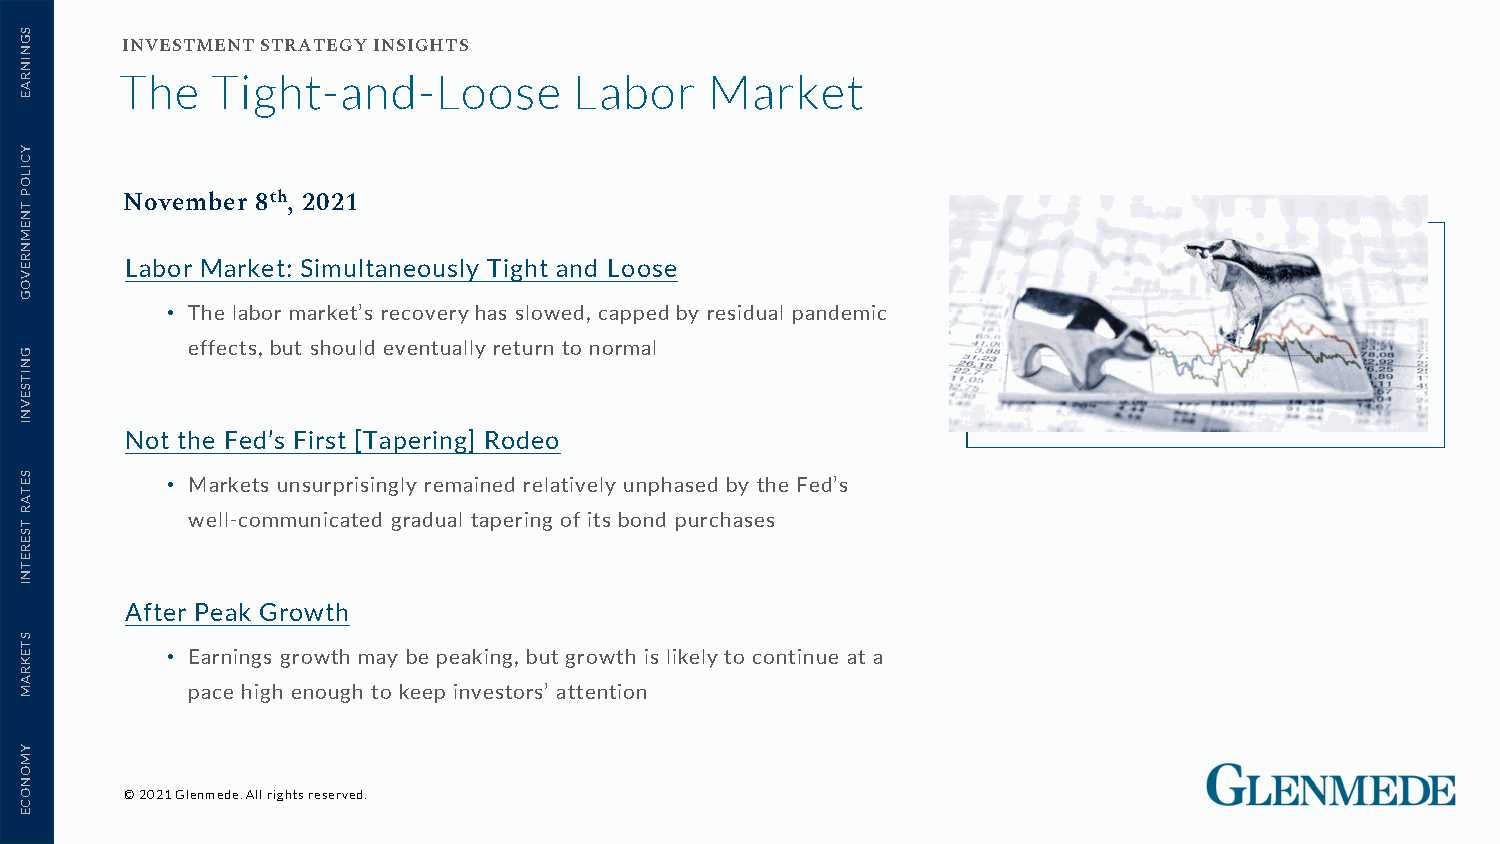
INVESTMENT STRATEGY INSIGHTS
 The   Tight-and-Loose         Labor    Market
 November 8th, 2021
 Labor Market: Simultaneously Tight and Loose
 • The labor market’s recovery has slowed, capped by residual pandemic
 effects, but should eventually return to normal
 Not the Fed’s First [Tapering] Rodeo
 • Markets unsurprisingly remained relatively unphased by the Fed’s
 well-communicated gradual tapering of its bond purchases
 After Peak Growth
 • Earnings growth may be peaking, but growth is likely to continue at a
 pace high enough to keep investors’ attention
 © 2021 Glenmede. All rights reserved.
 SGNINRAE
 YCILOP
 TNEMNREVOG
 GNITSEVNI
 SETAR
 TSERETNI
 STEKRAM
 YMONOCE